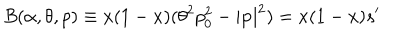
B ( \alpha , \theta , p ) \equiv x ( 1 - x ) ( \theta ^ { 2 } p _ { 0 } ^ { 2 } - | \mathbf { p } | ^ { 2 } ) = x ( 1 - x ) s ^ { \prime }